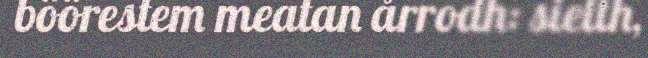
böörestem meatan årrodh: sielth,